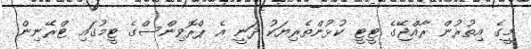
މީގެ އިތުރުން ރާއްޖޭގެ ޓީޓީ ކުޅުންތެރިޔަކު ދަނީ އެ ޕްރޮވިންސްގެ ޓީމުގައި ޓްރޭނިން